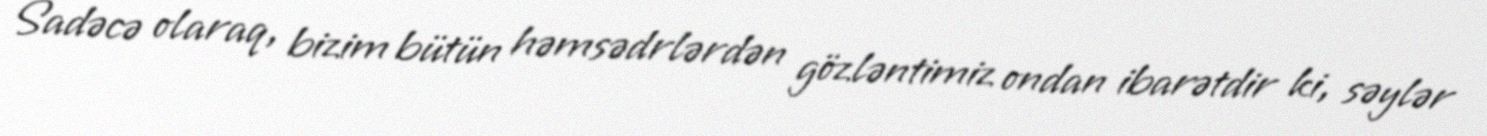
Sadəcə olaraq, bizim bütün həmsədrlərdən gözləntimiz ondan ibarətdir ki, səylər